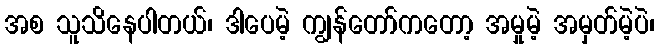
အစ သူသိနေပါတယ်၊ ဒါပေမဲ့ ကျွန်တော်ကတော့ အမှုမဲ့ အမှတ်မဲ့ပဲ၊